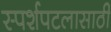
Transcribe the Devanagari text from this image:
स्पर्शपटलासाठी